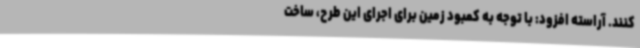
کنند. آراسته افزود: با توجه به کمبود زمین برای اجرای این طرح، ساخت